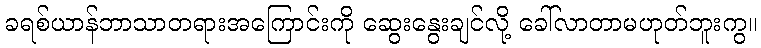
ခရစ်ယာန်ဘာသာတရားအကြောင်းကို ဆွေးနွေးချင်လို့ ခေါ်လာတာမဟုတ်ဘူးကွ။